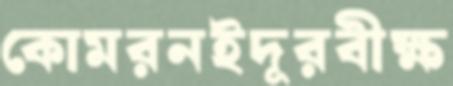
কোমরনইদূরবীক্ষ